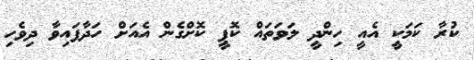
ކުރާ ކަމަކީ އެއީ ހިންދީ ލަވަތައް ކޮޕީ ކޮށްގެން އެއަށް ހަދާފައިވާ ދިވެހި